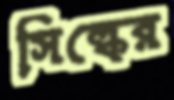
সিল্কের